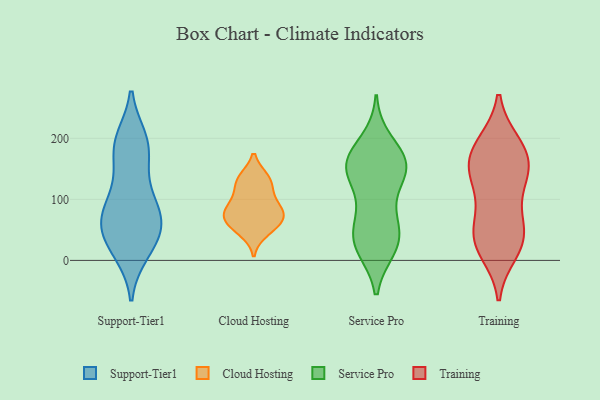
{"axis": {"x": "Temperature (°C)", "y": "Value"}, "legend": ["Cloud Hosting", "Service Pro", "Support-Tier1", "Training"], "data": [{"x": "", "y": 188, "type": "Support-Tier1"}, {"x": "", "y": 188, "type": "Support-Tier1"}, {"x": "", "y": 14, "type": "Support-Tier1"}, {"x": "", "y": 77, "type": "Support-Tier1"}, {"x": "", "y": 80, "type": "Support-Tier1"}, {"x": "", "y": 192, "type": "Support-Tier1"}, {"x": "", "y": 152, "type": "Support-Tier1"}, {"x": "", "y": 68, "type": "Support-Tier1"}, {"x": "", "y": 42, "type": "Support-Tier1"}, {"x": "", "y": 197, "type": "Support-Tier1"}, {"x": "", "y": 115, "type": "Support-Tier1"}, {"x": "", "y": 62, "type": "Support-Tier1"}, {"x": "", "y": 94, "type": "Support-Tier1"}, {"x": "", "y": 37, "type": "Support-Tier1"}, {"x": "", "y": 15, "type": "Support-Tier1"}, {"x": "", "y": 50, "type": "Support-Tier1"}, {"x": "", "y": 103, "type": "Cloud Hosting"}, {"x": "", "y": 85, "type": "Cloud Hosting"}, {"x": "", "y": 47, "type": "Cloud Hosting"}, {"x": "", "y": 77, "type": "Cloud Hosting"}, {"x": "", "y": 134, "type": "Cloud Hosting"}, {"x": "", "y": 70, "type": "Cloud Hosting"}, {"x": "", "y": 59, "type": "Cloud Hosting"}, {"x": "", "y": 134, "type": "Cloud Hosting"}, {"x": "", "y": 124, "type": "Cloud Hosting"}, {"x": "", "y": 85, "type": "Cloud Hosting"}, {"x": "", "y": 62, "type": "Cloud Hosting"}, {"x": "", "y": 21, "type": "Service Pro"}, {"x": "", "y": 149, "type": "Service Pro"}, {"x": "", "y": 89, "type": "Service Pro"}, {"x": "", "y": 32, "type": "Service Pro"}, {"x": "", "y": 158, "type": "Service Pro"}, {"x": "", "y": 166, "type": "Service Pro"}, {"x": "", "y": 150, "type": "Service Pro"}, {"x": "", "y": 31, "type": "Service Pro"}, {"x": "", "y": 148, "type": "Service Pro"}, {"x": "", "y": 194, "type": "Service Pro"}, {"x": "", "y": 158, "type": "Service Pro"}, {"x": "", "y": 150, "type": "Service Pro"}, {"x": "", "y": 72, "type": "Service Pro"}, {"x": "", "y": 28, "type": "Service Pro"}, {"x": "", "y": 43, "type": "Service Pro"}, {"x": "", "y": 93, "type": "Training"}, {"x": "", "y": 29, "type": "Training"}, {"x": "", "y": 169, "type": "Training"}, {"x": "", "y": 15, "type": "Training"}, {"x": "", "y": 143, "type": "Training"}, {"x": "", "y": 44, "type": "Training"}, {"x": "", "y": 148, "type": "Training"}, {"x": "", "y": 189, "type": "Training"}, {"x": "", "y": 135, "type": "Training"}, {"x": "", "y": 66, "type": "Training"}, {"x": "", "y": 40, "type": "Training"}, {"x": "", "y": 141, "type": "Training"}, {"x": "", "y": 191, "type": "Training"}, {"x": "", "y": 28, "type": "Training"}, {"x": "", "y": 181, "type": "Training"}]}